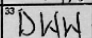
Transcription: DWW